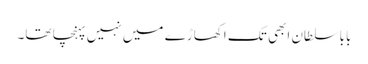
بابا سلطان ابھی تک اکھاڑے میں نہیں پہنچا تھا۔